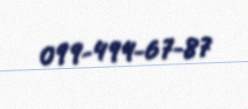
099-494-67-87